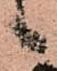
候